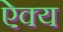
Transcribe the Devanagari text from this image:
ऐक्‍य